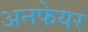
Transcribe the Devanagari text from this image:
अनफेयर